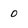
Character: 0